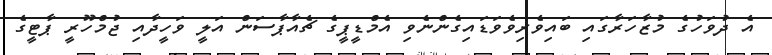
އެ ދުވަހުގެ މުޒާހަރާގައި ބައިވެރިވެވަޑައިގެންނެވި އެމްޑީޕީގެ ޗެއާޕާސަން އަލީ ވަހީދާއި ޖުމްހޫރީ ޕާޓީގެ